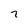
Character: 7